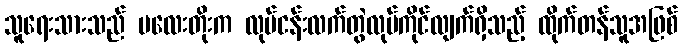
သူရေးသားသည် ပလေးတိုးက လုပ်ငန်းလက်တွဲလုပ်ကိုင်လျက်ရှိသည့် ထိုက်တန်သူအဖြစ်